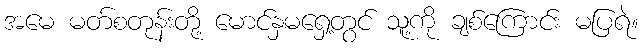
အမေ မတ်စတုန်းတို့ မောင်နှမရှေ့တွင် သူ့ကို ချစ်ကြောင်း မပြရဲ။